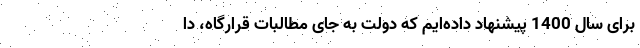
برای سال 1400 پیشنهاد داده‌ایم که دولت به جای مطالبات قرارگاه، دا